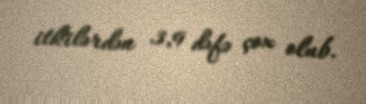
itkilərdən 3,9 dəfə çox olub.